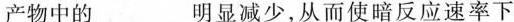
产物中的___明显减少，从而使暗反应速率下